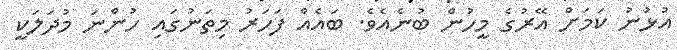
އުޅުނު ކަމަށް އޭރުގެ މީހުން ބުނެއެވެ. ބައެއް ފަހަރު މިތަނުގައި ހުންނަ މުދަލަކީ